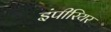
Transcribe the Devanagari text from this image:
इंपीरियर